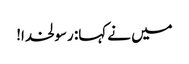
میں نے کہا: رسولخدا!